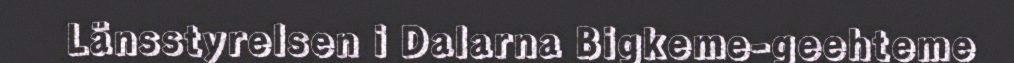
Länsstyrelsen i Dalarna Bigkeme-geehteme